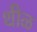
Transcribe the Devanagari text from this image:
थीळ